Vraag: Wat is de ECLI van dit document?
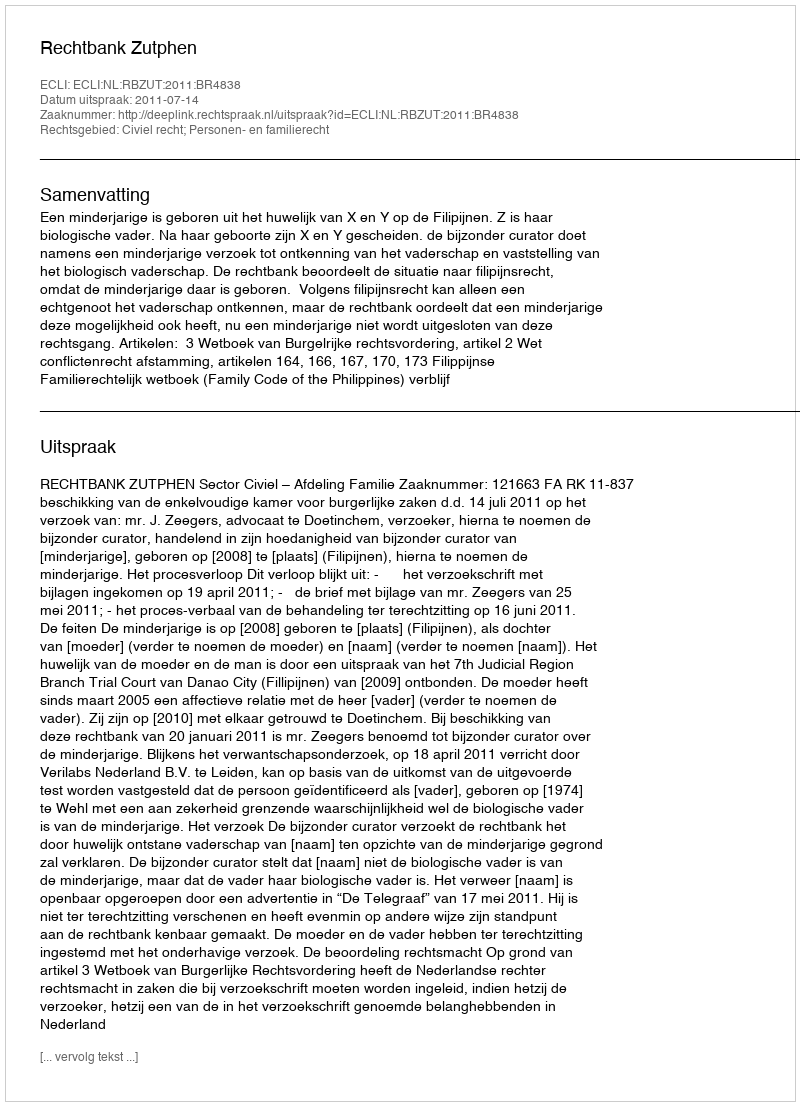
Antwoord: ECLI:NL:RBZUT:2011:BR4838